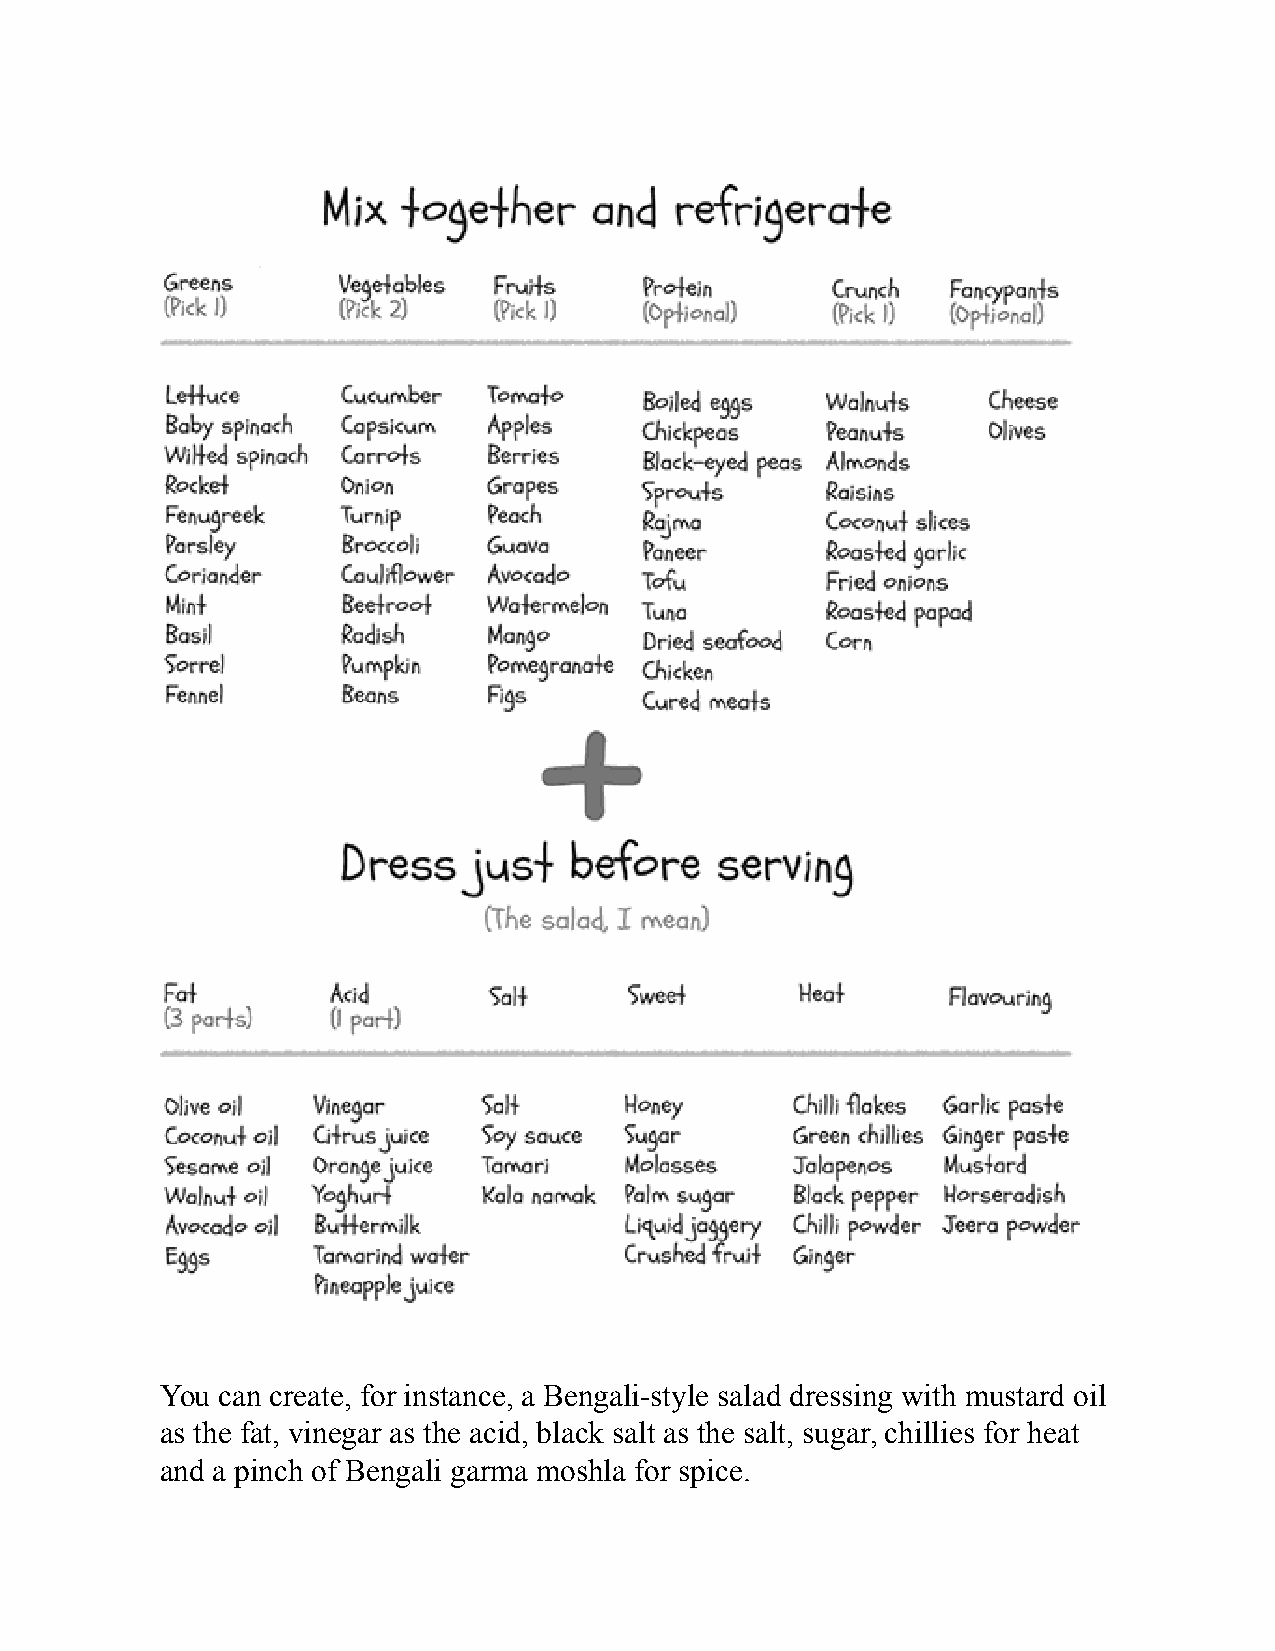
You can create, for instance, a Bengali-style salad dressing with mustard oil
 as the fat, vinegar as the acid, black salt as the salt, sugar, chillies for heat
 and a pinch of Bengali garma moshla for spice.